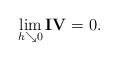
LaTeX: \begin{align*} \lim \limits_{h\searrow 0}\mathbf{IV}=0. \end{align*}